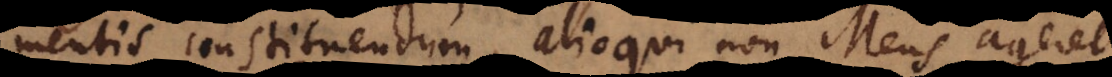
mentis constituendum, alioqui non Mens ageret